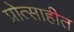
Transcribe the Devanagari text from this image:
प्रोत्साहीत